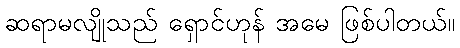
ဆရာမလျိုသည် ရှောင်ဟုန် အမေ ဖြစ်ပါတယ်။